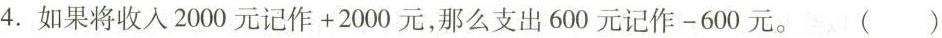
4.如果将收入2000元记作+2000元，那么支出600元记作-600元。()